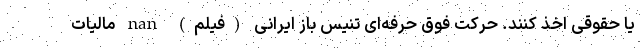
یا حقوقی اخذ کنند. حرکت فوق حرفه‌ای تنیس باز ایرانی (فیلم) nan مالیات